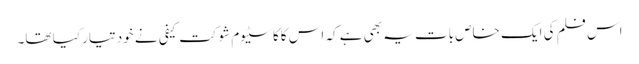
اس فلم کی ایک خاص بات یہ بھی ہے کہ اس کاکاسٹیوم شوکت کیفی نے خود تیار کیا تھا۔